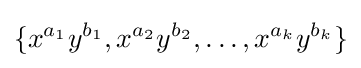
\{x^{a_{1}}y^{b_{1}},x^{a_{2}}y^{b_{2}},\ldots ,x^{a_{k}}y^{b_{k}}\}